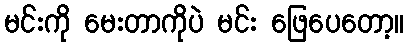
မင်းကို မေးတာကိုပဲ မင်း ဖြေပေတော့။